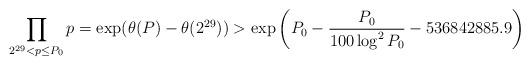
LaTeX: \begin{align*}\prod_{2^{29}<p\leq P_0}p=\exp(\theta(P)-\theta(2^{29}))>\exp\left(P_0-\frac{P_0}{100\log^2 P_0}-536842885.9\right)\end{align*}